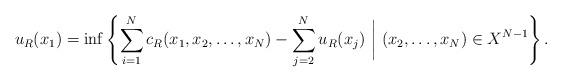
LaTeX: \begin{align*}u_R(x_1)=\inf\left\{\sum_{i=1}^N c_R(x_1,x_2,\ldots,x_N)-\sum_{j=2}^Nu_R(x_j)~\bigg|~(x_2,\ldots,x_N)\in X^{N-1}\right\}.\end{align*}